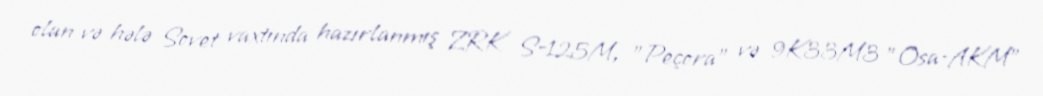
olan və hələ Sovet vaxtında hazırlanmış ZRK S-125M, "Peçora" və 9K33M3 "Osa-AKM"